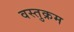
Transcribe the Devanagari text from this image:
वस्तुक्रम